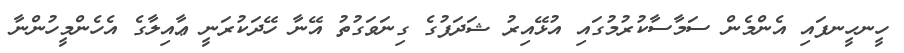
ހީނހީނފައި އެންމެން ސަމާސާކުރުމުގައި އުޅޭއިރު ޝަދަފުގެ ގިނަވަގުތު އޭނާ ހޭދަކުރަނީ ޢާއިލާގެ އެހެންމީހުންނާ